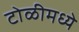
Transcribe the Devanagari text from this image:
टोळीमध्ये